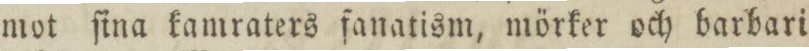
mot ſina kamraters fanatism, mörker och barbari